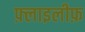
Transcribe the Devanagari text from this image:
फ़्लाइलीफ़